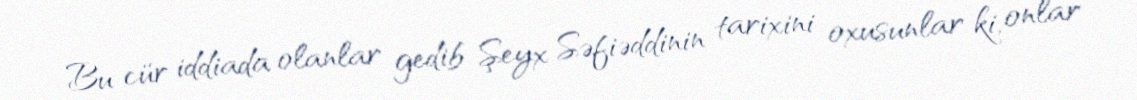
Bu cür iddiada olanlar gedib Şeyx Səfiəddinin tarixini oxusunlar ki, onlar